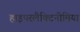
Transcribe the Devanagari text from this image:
हाइपरलैक्टिनीमिया